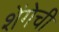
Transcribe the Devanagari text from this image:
शेंगेची